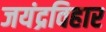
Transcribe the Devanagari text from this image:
जयंद्रविहार